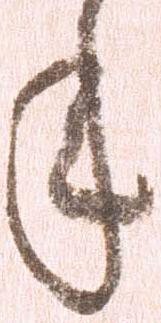
年